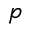
p